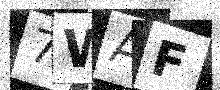
Text: 7WAF